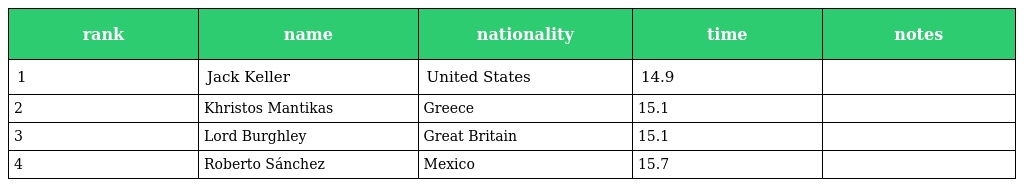
| rank | name | nationality | time | notes |
 | --- | --- | --- | --- | --- |
 | 1 | Jack Keller | United States | 14.9 |  |
 | 2 | Khristos Mantikas | Greece | 15.1 |  |
 | 3 | Lord Burghley | Great Britain | 15.1 |  |
 | 4 | Roberto Sánchez | Mexico | 15.7 |  |